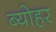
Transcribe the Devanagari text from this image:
ब्योहर